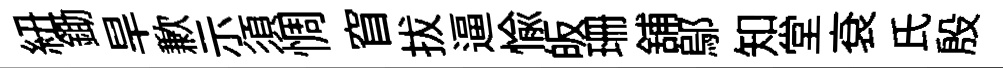
紐鋤旱歉示須惆窅拔逼愉皈珊舖鄔知堂袞氏殷